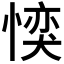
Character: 𪬜